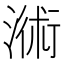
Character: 𣻚